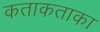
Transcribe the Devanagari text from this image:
कताकताका